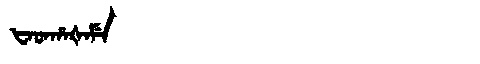
Manchu: ᡶᠠᡨᡥᠠᡧᠠᠮᡝ
Romanization: FATHAŠAME